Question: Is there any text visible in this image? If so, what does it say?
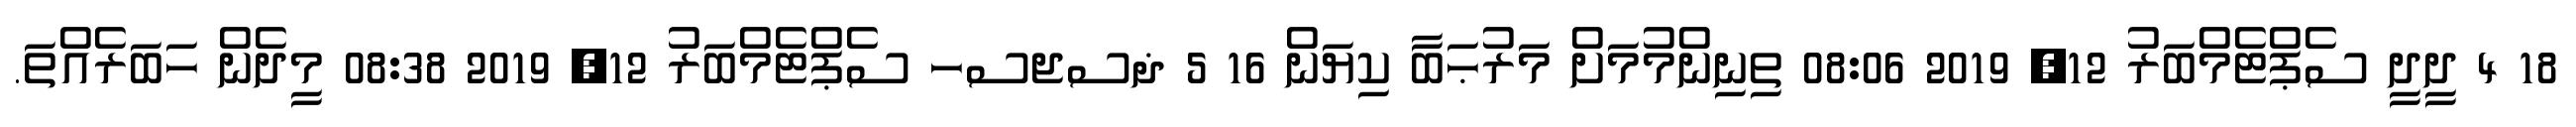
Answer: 18 4 ދީދީ ސެޕްޓެމްބަރު 12, 2019 08:06 ތިނިންމުމަށް މަރުޙަބާ ކިޔަން 16 5 ޛސޖސހ ސެޕްޓެމްބަރު 12, 2019 08:38 މީދެން ހަބަރެއްތަ.